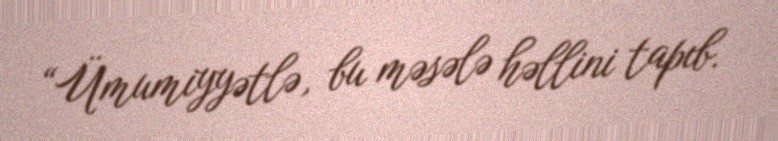
“Ümumiyyətlə, bu məsələ həllini tapıb.